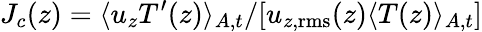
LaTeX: J_{c}(z)=\langle u_{z}T^{\prime}(z)\rangle_{A,t}/[u_{z,\mathrm{rms}}(z)\langle T(z)\rangle_{A,t}]